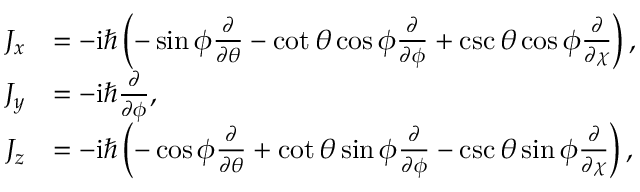
\begin{array} { r l } { J _ { x } } & { = - \mathrm { i } \hbar \left( - \sin \phi \frac { \partial } { \partial \theta } - \cot \theta \cos \phi \frac { \partial } { \partial \phi } + \csc \theta \cos \phi \frac { \partial } { \partial \chi } \right) , } \\ { J _ { y } } & { = - \mathrm { i } \hbar \frac { \partial } { \partial \phi } , } \\ { J _ { z } } & { = - \mathrm { i } \hbar \left( - \cos \phi \frac { \partial } { \partial \theta } + \cot \theta \sin \phi \frac { \partial } { \partial \phi } - \csc \theta \sin \phi \frac { \partial } { \partial \chi } \right) , } \end{array}